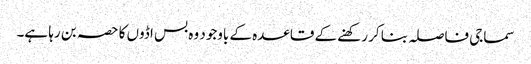
سماجی فاصلہ بنا کر رکھنے کے قاعدہ کے باوجود وہ بس اڈوں کا حصہ بن رہا ہے۔